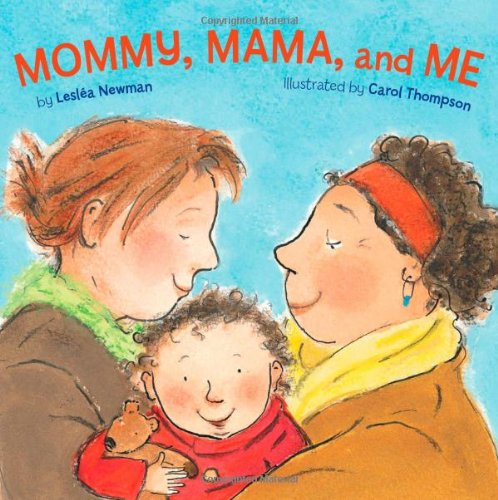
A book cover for Mommy, Mama, and Me; LeslÃ©a Newman; Literature & Fiction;